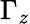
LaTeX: \Gamma_{z}